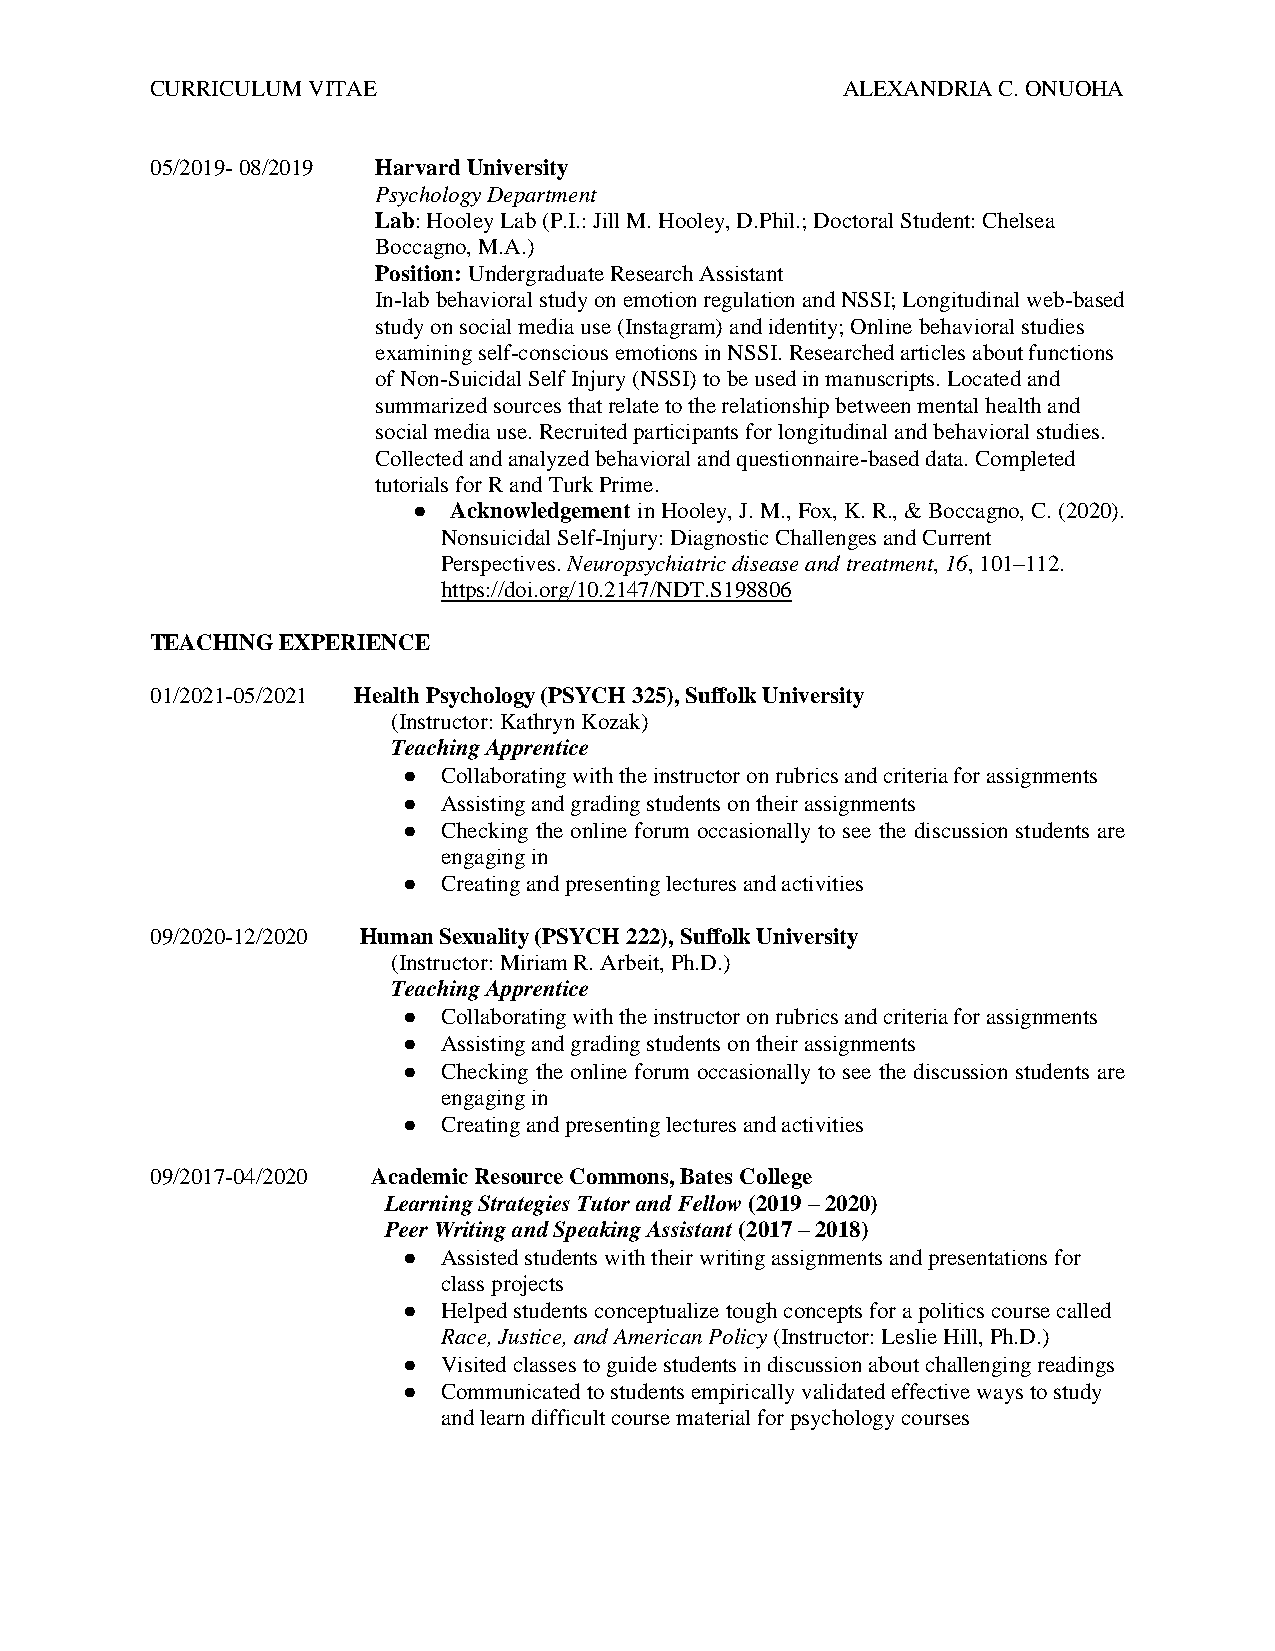
CURRICULUM VITAE                              ALEXANDRIA C. ONUOHA
 05/2019- 08/2019 Harvard University
 Psychology Department
 Lab: Hooley Lab (P.I.: Jill M. Hooley, D.Phil.; Doctoral Student: Chelsea
 Boccagno, M.A.)
 Position: Undergraduate Research Assistant
 In-lab behavioral study on emotion regulation and NSSI; Longitudinal web-based
 study on social media use (Instagram) and identity; Online behavioral studies
 examining self-conscious emotions in NSSI. Researched articles about functions
 of Non-Suicidal Self Injury (NSSI) to be used in manuscripts. Located and
 summarized sources that relate to the relationship between mental health and
 social media use. Recruited participants for longitudinal and behavioral studies.
 Collected and analyzed behavioral and questionnaire-based data. Completed
 tutorials for R and Turk Prime.
 ●  Acknowledgement in Hooley, J. M., Fox, K. R., & Boccagno, C. (2020).
 Nonsuicidal Self-Injury: Diagnostic Challenges and Current
 Perspectives. Neuropsychiatric disease and treatment, 16, 101–112.
 https://doi.org/10.2147/NDT.S198806
 TEACHING EXPERIENCE
 01/2021-05/2021 Health Psychology (PSYCH 325), Suffolk University
 (Instructor: Kathryn Kozak)
 Teaching Apprentice
 ● Collaborating with the instructor on rubrics and criteria for assignments
 ● Assisting and grading students on their assignments
 ● Checking the online forum occasionally to see the discussion students are
 engaging in
 ● Creating and presenting lectures and activities
 09/2020-12/2020 Human Sexuality (PSYCH 222), Suffolk University
 (Instructor: Miriam R. Arbeit, Ph.D.)
 Teaching Apprentice
 ● Collaborating with the instructor on rubrics and criteria for assignments
 ● Assisting and grading students on their assignments
 ● Checking the online forum occasionally to see the discussion students are
 engaging in
 ● Creating and presenting lectures and activities
 09/2017-04/2020 Academic Resource Commons, Bates College
 Learning Strategies Tutor and Fellow (2019 – 2020)
 Peer Writing and Speaking Assistant (2017 – 2018)
 ● Assisted students with their writing assignments and presentations for
 class projects
 ● Helped students conceptualize tough concepts for a politics course called
 Race, Justice, and American Policy (Instructor: Leslie Hill, Ph.D.)
 ● Visited classes to guide students in discussion about challenging readings
 ● Communicated to students empirically validated effective ways to study
 and learn difficult course material for psychology courses